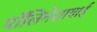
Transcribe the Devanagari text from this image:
पॉलिनेशायाई